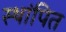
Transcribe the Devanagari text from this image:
स्थांपित